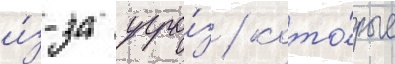
и́з-за угро́з / кото́рые